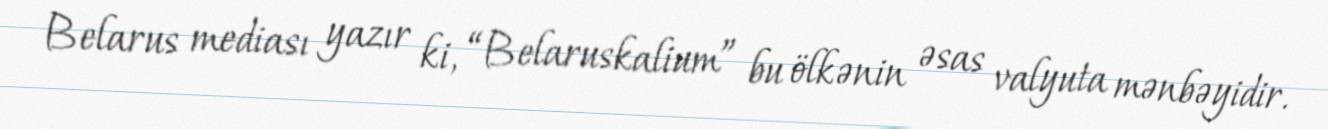
Belarus mediası yazır ki, “Belaruskalium” bu ölkənin əsas valyuta mənbəyidir.